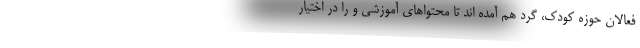
فعالان حوزه کودک، گرد هم آمده اند تا محتواهای آموزشی و را در اختیار